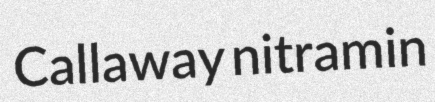
Callaway nitramin